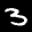
Label: 3